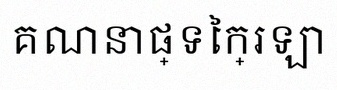
គណនាផ្ទៃក្រឡា